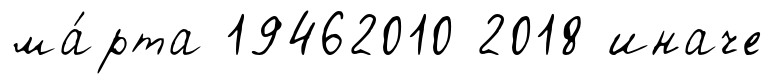
ма́рта 19462010 2018 иначе